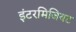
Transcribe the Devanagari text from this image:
इंटरमिजियट